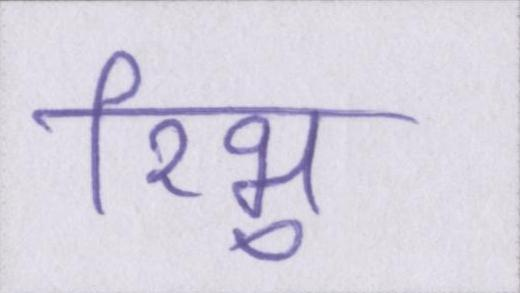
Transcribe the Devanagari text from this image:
रिभु